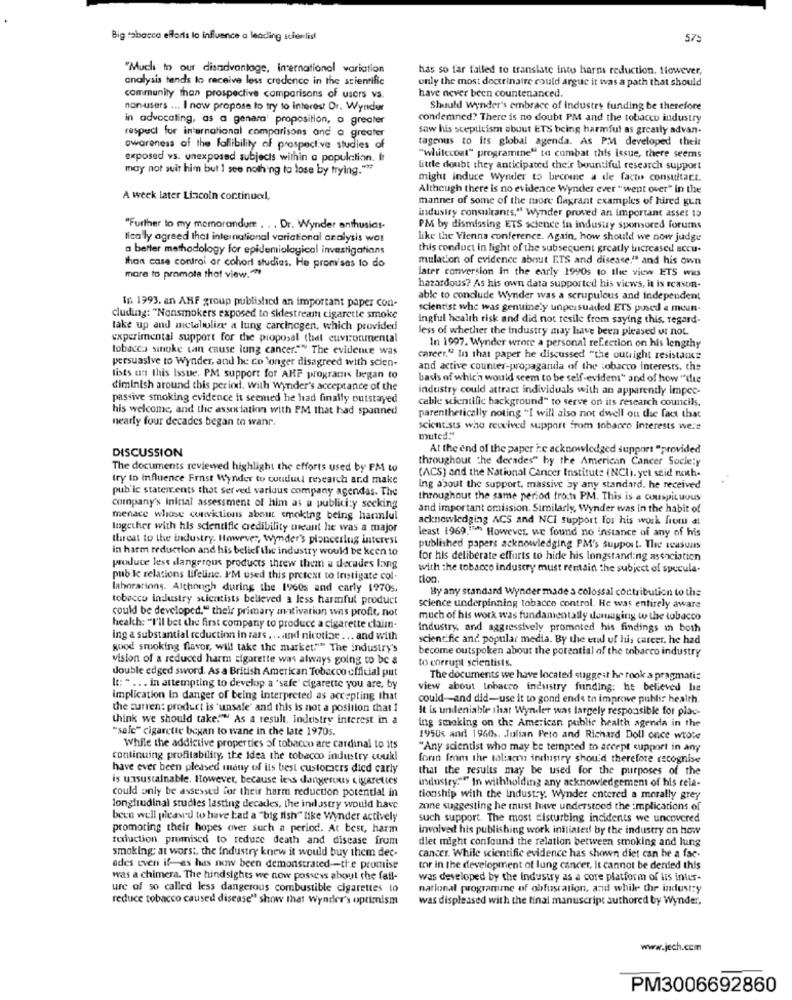
Big tabacco efforts to influence a leading scienlist
575
"Much to our disadvantage, international variation
has so far failed to translate into harm reduction. However,
analysis tends to receive less credence in the scientific
only the most doctrinaire could argue it was a path that should
community than prospective comparisons of users vs.
have never been countenanced.
non users ... I now propose to try to interest Dr. Wyndur
Should Wynder's embrace of industry funding be therefore
in advocating, as a genara" proposition, o greater
condemned? There is no doubt PM and the tobacco industry
saw his scepticisme about ETS being harmful as greatly advan.
respect for international comparisons and a greater
tagenus to its global agenda. As PM developed their
awareness of the fallibility of prospective studies of
exposed vs. unexposed subjects within a population. It
"whitecoat" programine" to combat this issue, there seems
may not suit him but 1 see nothing to lose by trying.""
little doubt they anticipated their bountiful research support
might induce Wynder to become a de facto consultact.
Although there is no evidence Wynder ever "went over" in the
A week later Lincoln cortinucl,
manner of some of the more flagrant examples of hired gun
industry consultants," Wynder proved an important asset to
"Further to my memorandum . . . Dr. Wynder anthusias-
PM by dismissing ETS science in industry sponsored forums
tica ly agreed that international variational analysis wos
like the Vienna conference. Again, how should we now judge
a better methodology for epidemiological investigations
this conduct in light of the subsequent greatly increased accu-
mulation of evidence about ETS and disease." and his own
thaa case control or cohort studies. He promises to do
later conversion in the early 1990s to the view ETS was
mare to promote that view."
hazardous? As his own data supported his views, it is reason-
In. 1993. an ANF group published an important paper con-
able to conclude Wynder was a scrupulous and independent
scientist whe was genuinely unpersuaded ETS posed a mein-
cluding: "Nonsmokers exposed to sidestream cigarette smoke
ingful health risk and did not resile from saying this, regard-
take up and metaboling a lung carcinegen, which provided
less of whether the industry may have been pleased or not
experimental support for the proposal that euvironmental
tobacco sinoke can cause lung cancer." The evidence was
In 1997. Wynder wrote a personal refection on his lengthy
persuasive to Wynder, and he co longer disagreed with scien-
career." In that paper he discussed "the outight resistance
and active counter-propaganda of the tobacco interests, the
lists an this issue. PM support for ARF programs began to
basis of which would seem to be self-evidens" and of how "die
diminish around this period. with Wynder's acceptance of the
industry could attract individuals with an apparently impee-
passive smoking evidence it seemed he had finally outstayed
cable scientific background" to serve on its research councils.
his welcome, and the association with PM that had spanned
nearly four decades began to wanr.
parenthetically noting "I will also not dwell on die fact that
scientists who received support from tobacco interests were
muted:"
DISCUSSION
At the end of the paper i:c acknowledged support "provided
throughout the derades" by the American Cancer Society
The documents reviewed highlight the efforts used by PM to
try to influence Frnst Wynder to conduct research and make
(ACS) and the National Cancer Institute (NCI). yet stid neth-
public statencents that served various company agendas. The
Ing about the support, massive by any standard, he received
throughout the same period froch PM. This is a couspicuous
company's Initial assessment of him as a publici:y secking
and important omission. Similarly, Wynder was in the habit of
menace whose convictions about smoking being harmful
acknowledging ACS and NCi support for his work from el
together with his scientific credibility meant he was a major
least 1969.""* However, we found no instance of any of his
threat to the industry. However, wynder's pioneering interest
in harm reduction and his belief the industry would be keen to
published papers acknowledging PM's support. The seasuns
for his deliberate efforts to hide his longstanding association
produce less dangerous products threw them a decades lang
with the tobacco industry must remain the subject of specula-
public relations lifeline. I'M used this pretext to instigate col.
tlog.
lahorarions. Although during the 1960s and carly 1970s.
By any standard Wynder made a colossal contribution to the
tobacco industry scientists believed a less harmful product
could be developed." their primary motivation was profit, not
science underpinning tobacco control. He was entirely aware
much of his work was fundamentally damaging to the tobacco
health: "I'll bet the first company to produce a cigarette claimn-
Industry and aggressively promoted his findings in both
ing a substantial reduction in rars ... and nicotine ... and with
scientific and. popular media. By the etal of his career. he had
good smoking flavor, will take the market.""" The industry's
become outspoken about the potential of the tobacco industry
vision of a reduced harm zigarette was always going to be a
to corrupt scientists.
double edged sword. As a British American Tobacco official put
The documents we have located suggest hr rook a pragmati:
It: " ... in attempting to develop a 'safe' cigarette you are, by
view about tobacco industry funding: he believed he
implication In danger of being interpreted as accepting that
could-and did-use it to gond ends to improve public health
the surren: product is "unsafe' and this is not a position that 1
It is undeniable that Wyndler was largely responsible for plac-
think we should take."" As a result, industry interest in a
ing smoking on the American public health agenda in the
"salc" cigarette began to wane in the late 1970s.
1950s and 1960 .. Julian Peto and Richard Doll once wrote
While the addictive properties of tobacco are cardinal to its
"Any scientist who may be tempted to accept support in any
continuing profitability, the idea the tobacco industry coukl
foran fem the tol:acru industry should therefore recognise
have ever been pleased many of its best customers died carly
that the results may be used for the purposes of the
is unsustainable. However, because less dangerous cigarettes
industry."" In withholding any acknowledgement of his rela-
could only be assessed for their harm reduction potential in
tionship with the industry. Wynder entered a morally grey
longitudinal studies lasting decades, the industry would have
zone suggesting he must have understood the implications of
been well pleas'd to have had a "big fish" like Wynder actively
such support. The most disturbing incidents we uncovered
promoting their hopes over such a period. At best, harm
involved his publishing work initiated by the industry on how
reduction promised to reduce death and disease from
diet might confound the relation between smoking and lung
smoking: at worst, the industry knew it would buy them dec-
cancer. While scientific evidence has shown diet can be a fac-
ades even if-as has now been demonstrated-the promise
tor in the development of lung cancer, it cannot be denied this
was a chimera. The hindsights we now possess about the fatl-
was developed by the industry as a core platform of lis inter-
ure of so called less dangerous combustible cigarettes to
national programme of obfusration, and while the industry
reduce tobacco caused disease" show that Wynder's optimism
was displeased with the final manuscript authored by Wynder,
www.jech.com
PM3006692860